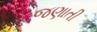
જણાતી